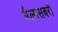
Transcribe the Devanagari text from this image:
मैल्मसबरी